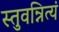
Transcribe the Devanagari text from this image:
स्तुवन्नित्यं